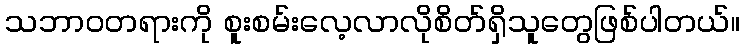
သဘာဝတရားကို စူးစမ်းလေ့လာလိုစိတ်ရှိသူတွေဖြစ်ပါတယ်။